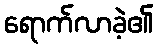
ရောက်လာခဲ့၏